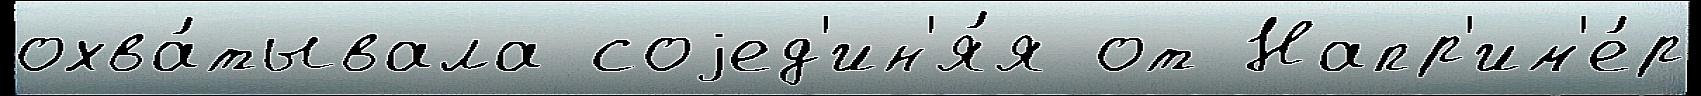
охва́тывала соjед'ин'я́я от Напр'им'е́р